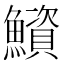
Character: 𫚁